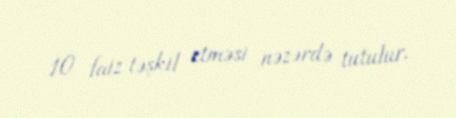
10 faiz təşkil etməsi nəzərdə tutulur.